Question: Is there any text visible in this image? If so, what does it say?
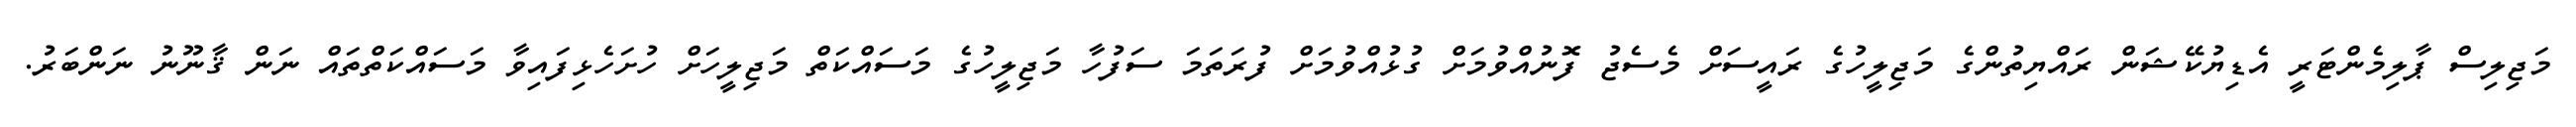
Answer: މަޖިލިސް ޕާލިމެންޓަރީ އެޑިޔުކޭޝަން ރައްޔިތުންގެ މަޖިލީހުގެ ރައީސަށް މެސެޖު ފޮނުއްވުމަށް ގުޅުއްވުމަށް ފުރަތަމަ ސަފުހާ މަޖިލީހުގެ މަސައްކަތް މަޖިލީހަށް ހުށަހެޅިފައިވާ މަސައްކަތްތައް ނަން ޤާނޫނު ނަންބަރު.